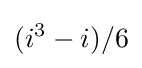
(i^{3}-i)/6